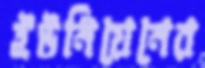
ইউনিয়েনের